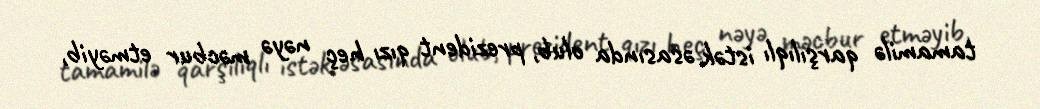
tamamilə qarşılıqlı istək əsasında olub, prezident qızı heç nəyə məcbur etməyib,